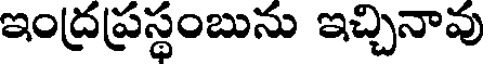
ఇంద్రప్రస్థంబును ఇచ్చినావు